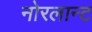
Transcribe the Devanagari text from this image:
नोरलान्ट